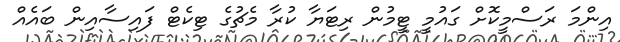
އިންމަ ރަސްމީކޮށް ގައުމީ ޓީމުން ރިޓަޔާ ކުރާ މެޗުގެ ޓިކެޓް ފައިސާއިން ބައެއް